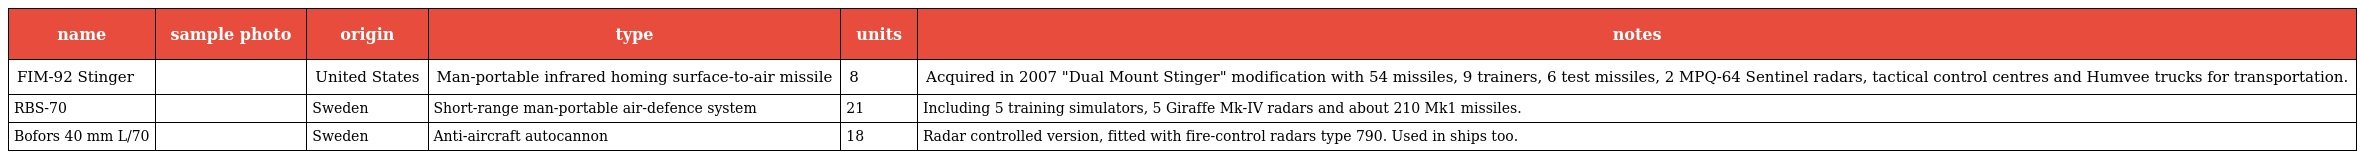
| name | sample photo | origin | type | units | notes |
 | --- | --- | --- | --- | --- | --- |
 | FIM-92 Stinger |  | United States | Man-portable infrared homing surface-to-air missile | 8 | Acquired in 2007 "Dual Mount Stinger" modification with 54 missiles, 9 trainers, 6 test missiles, 2 MPQ-64 Sentinel radars, tactical control centres and Humvee trucks for transportation. |
 | RBS-70 |  | Sweden | Short-range man-portable air-defence system | 21 | Including 5 training simulators, 5 Giraffe Mk-IV radars and about 210 Mk1 missiles. |
 | Bofors 40 mm L/70 |  | Sweden | Anti-aircraft autocannon | 18 | Radar controlled version, fitted with fire-control radars type 790. Used in ships too. |